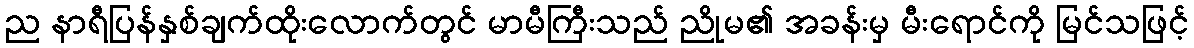
ည နာရီပြန်နှစ်ချက်ထိုးလောက်တွင် မာမီကြီးသည် ညိုမ၏ အခန်းမှ မီးရောင်ကို မြင်သဖြင့်